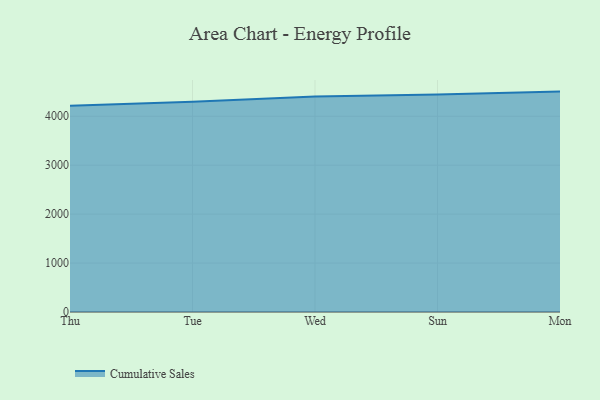
{"axis": {"x": "Day", "y": "Conversion Rate (%)"}, "legend": ["Cumulative Sales"], "data": [{"x": "Thu", "y": 4214.4, "type": "Cumulative Sales"}, {"x": "Tue", "y": 4297.2, "type": "Cumulative Sales"}, {"x": "Wed", "y": 4405.0, "type": "Cumulative Sales"}, {"x": "Sun", "y": 4445.0, "type": "Cumulative Sales"}, {"x": "Mon", "y": 4504.1, "type": "Cumulative Sales"}]}